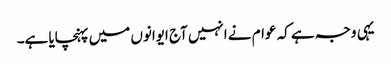
یہی وجہ ہے کہ عوام نے انہیں آج ایوانوں میں پہنچایا ہے۔